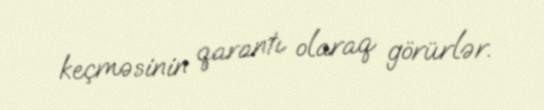
keçməsinin qarantı olaraq görürlər.